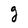
Character: g